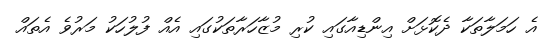
އެ ހަމަލާތަކާ ދެކޮޅަށް އިންޑިއާގައި ކުރި މުޒާހަރާތަކުގައި އެއް ފުލުހަކު މަރުވެ އެތައް